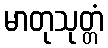
မာတုသုတ္တံ